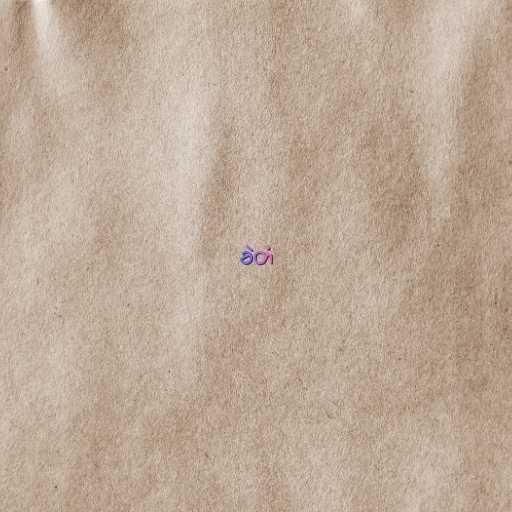
ခဲတံ